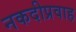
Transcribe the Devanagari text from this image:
नकदीप्रवाह